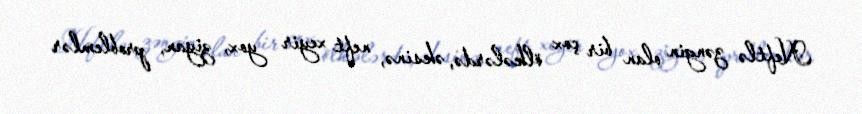
Neftlə zəngin olan bir çox ölkələrdə, əksinə, neft xeyir yox, ziyan, problemlər